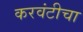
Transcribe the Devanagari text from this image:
करवंटीचा